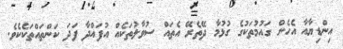
އިންޑިޔާއާ އެހެން ގައުމުތަކުގެ ގުޅުމާ ދޭތެރޭ އެތައް ސުވާލުތަކެއް އުފައްދާ ފަދަ ކަންތައްތަކެކެވެ.